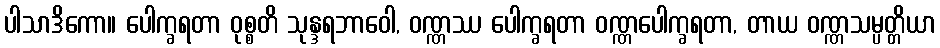
ပါသာဒိကော။ ပေါက္ခရတာ ဝုစ္စတိ သုန္ဒရဘာဝေါ, ဝဏ္ဏဿ ပေါက္ခရတာ ဝဏ္ဏပေါက္ခရတာ, တာယ ဝဏ္ဏသမ္ပတ္တိယာ